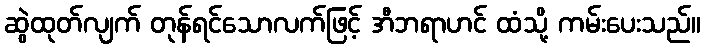
ဆွဲထုတ်လျက် တုန်ရင်သောလက်ဖြင့် အီဘရာဟင် ထံသို့ ကမ်းပေးသည်။